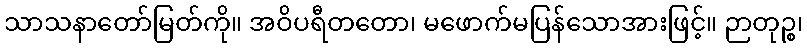
သာသနာတော်မြတ်ကို။ အဝိပရီတတော၊ မဖောက်မပြန်သောအားဖြင့်။ ဉာတုဉ္စ၊